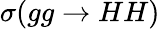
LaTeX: \sigma(gg\rightarrow HH)